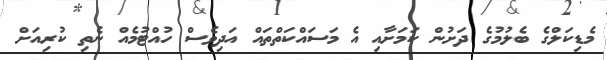
މެޑިކަލްގެ ބެލުމުގެ ދަށުން ކަމަށާއި އެ މަސައްކަތްތައް އަދިވެސް ހުއްޓުމެއް ނެތި ކުރިއަށް